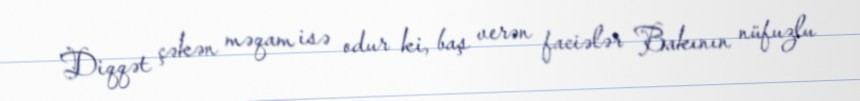
Diqqət çəkən məqam isə odur ki, baş verən faciələr Bakının nüfuzlu